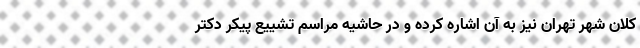
کلان شهر تهران نیز به آن اشاره کرده و در حاشیه مراسم تشییع پیکر دکتر